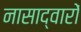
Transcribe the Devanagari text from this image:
नासाद्वारों